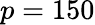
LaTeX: p=150